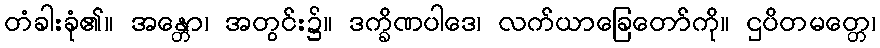
တံခါးခုံ၏။ အန္တော၊ အတွင်း၌။ ဒက္ခိဏပါဒေ၊ လက်ယာခြေတော်ကို။ ဌပိတမတ္တေ၊